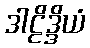
ဒါဠိဒ္ဒိယံ